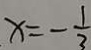
x = - \frac { 1 } { 3 }